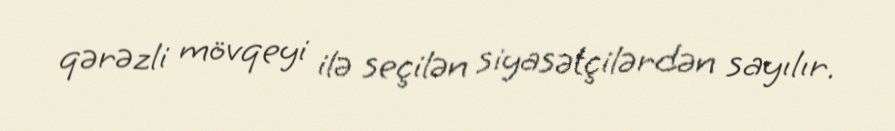
qərəzli mövqeyi ilə seçilən siyasətçilərdən sayılır.